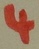
Text: 4